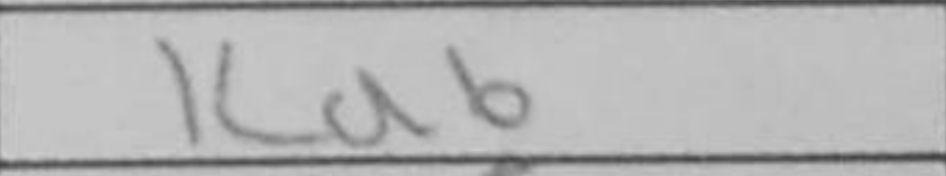
Transcription: Kd6